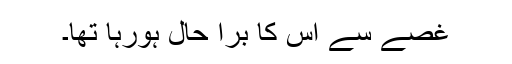
غصے سے اس کا برا حال ہورہا تھا۔